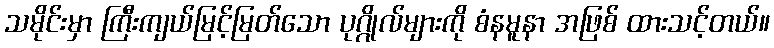
သမိုင်းမှာ ကြီးကျယ်မြင့်မြတ်သော ပုဂ္ဂိုလ်များကို စံနမူနာ အဖြစ် ထားသင့်တယ်။